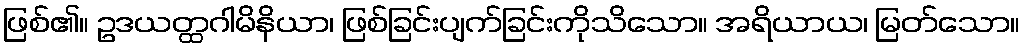
ဖြစ်၏။ ဥဒယတ္ထဂါမိနိယာ၊ ဖြစ်ခြင်းပျက်ခြင်းကိုသိသော။ အရိယာယ၊ မြတ်သော။